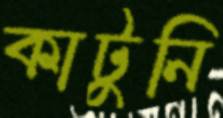
কাটুনি